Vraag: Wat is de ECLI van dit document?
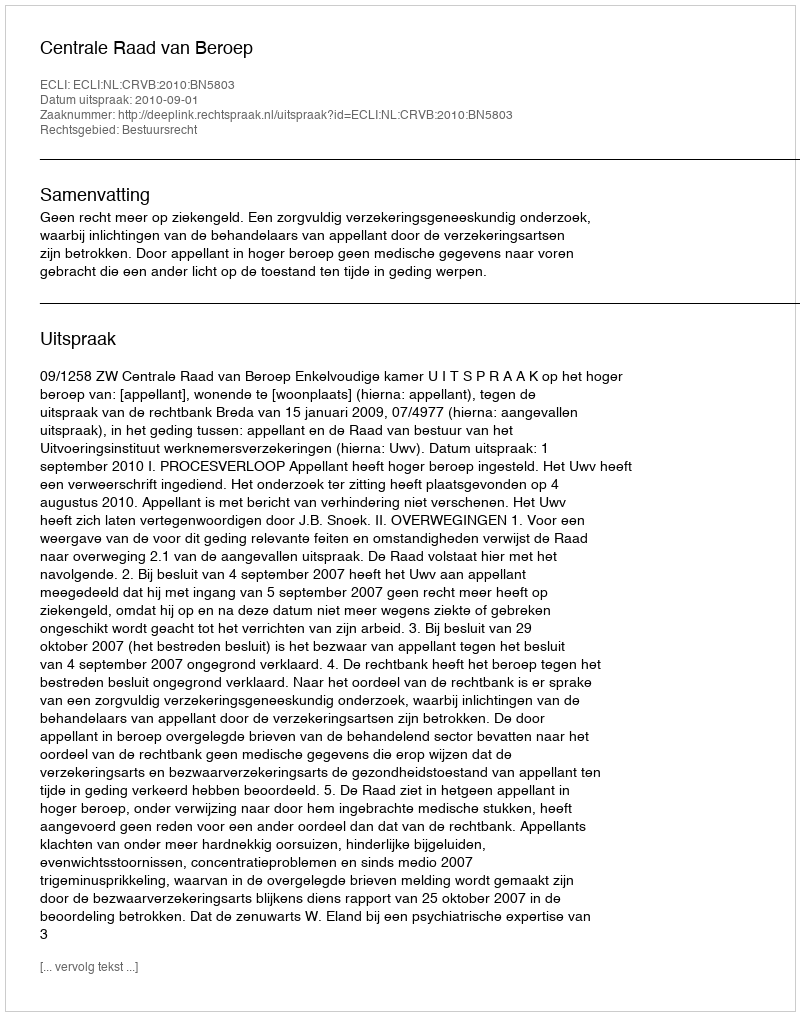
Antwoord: ECLI:NL:CRVB:2010:BN5803